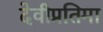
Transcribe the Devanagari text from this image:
देवीप्रतिमा